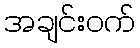
အချင်းဝက်